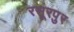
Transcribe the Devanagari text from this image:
रसूरपुर